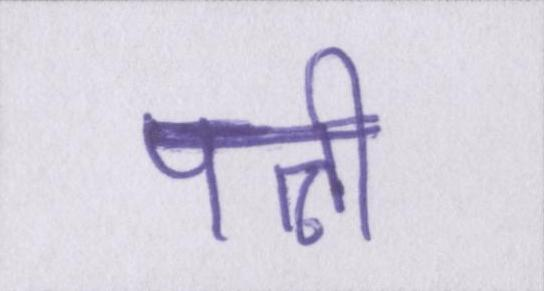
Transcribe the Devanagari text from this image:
पत्नी